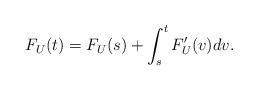
LaTeX: \begin{align*}F_{U}(t)=F_{U}(s)+\int_s^t F_{U}'(v)d v.\end{align*}